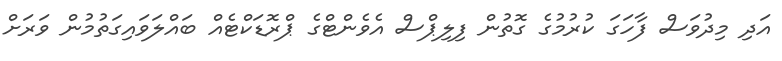
އަދި މިދުވަސް ފާހަގަ ކުރުމުގެ ގޮތުން ފިލިޕްސް އެވެންޓްގެ ޕްރޮޑަކްޓެއް ބައްލަވައިގަތުމުން ވަރަށް